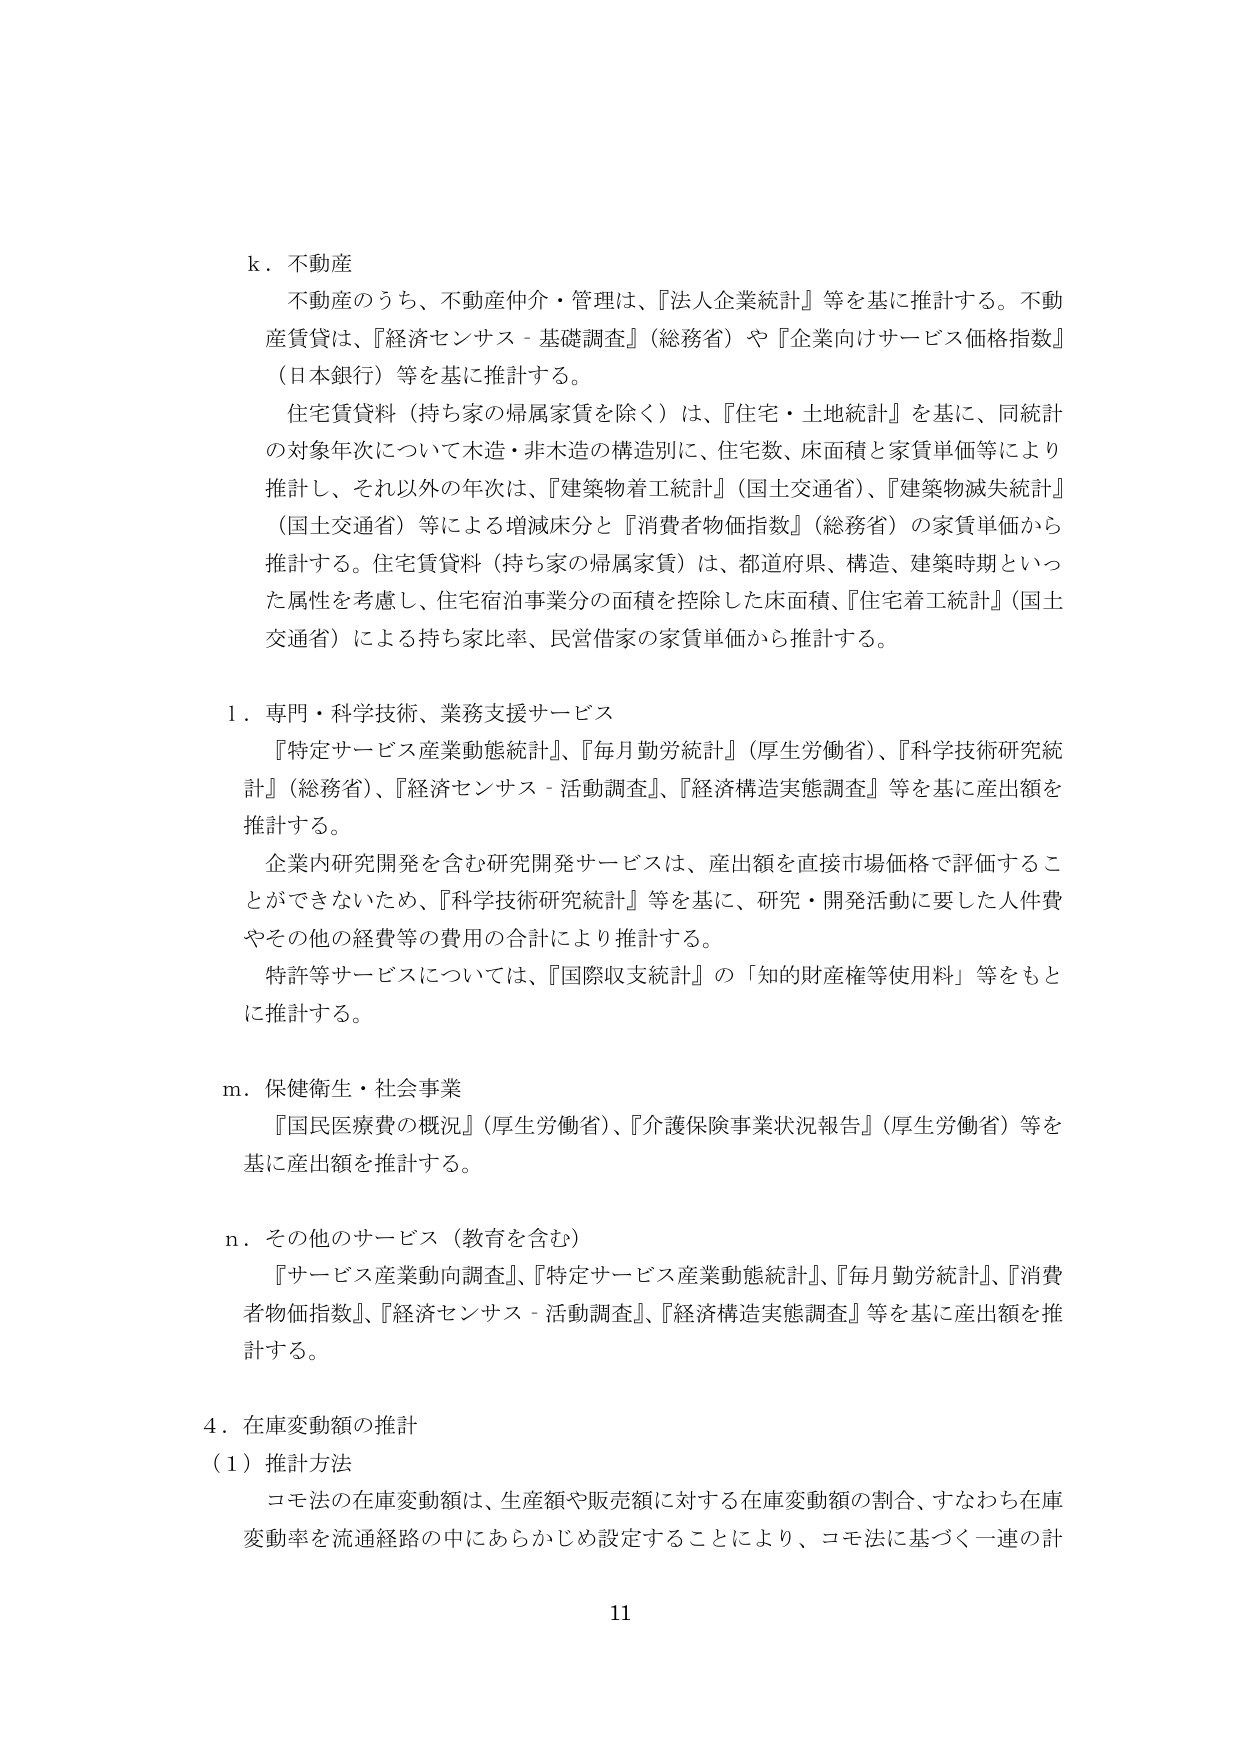
k．不動産
不動産のうち、不動産仲介・管理は、『法人企業統計』等を基に推計する。不動産賃貸は、『経済センサス－基礎調査』（総務省）や『企業向けサービス価格指数』（日本銀行）等を基に推計する。
住宅賃貸料（持ち家の帰属家賃を除く）は、『住宅・土地統計』を基に、同統計の対象年次について木造・非木造の構造別に、住宅数、床面積と家賃単価等により推計し、それ以外の年次は、『建築物着工統計』（国土交通省）、『建築物滅失統計』（国土交通省）等による増減床分と『消費者物価指数』（総務省）の家賃単価から推計する。住宅賃貸料（持ち家の帰属家賃）は、都道府県、構造、建築時期といった属性を考慮し、住宅宿泊事業分の面積を控除した床面積、『住宅着工統計』（国土交通省）による持ち家比率、民営借家の家賃単価から推計する。

l．専門・科学技術、業務支援サービス
『特定サービス産業動態統計』、『毎月勤労統計』（厚生労働省）、『科学技術研究統計』（総務省）、『経済センサス－活動調査』、『経済構造実態調査』等を基に産出額を推計する。
企業内研究開発を含む研究開発サービスは、産出額を直接市場価格で評価することができないため、『科学技術研究統計』等を基に、研究・開発活動に要した人件費やその他の経費等の費用の合計により推計する。
特許等サービスについては、『国際収支統計』の「知的財産権等使用料」等をもとに推計する。

m．保健衛生・社会事業
『国民医療費の概況』（厚生労働省）、『介護保険事業状況報告』（厚生労働省）等を基に産出額を推計する。

n．その他のサービス（教育を含む）
『サービス産業動向調査』、『特定サービス産業動態統計』、『毎月勤労統計』、『消費者物価指数』、『経済センサス－活動調査』、『経済構造実態調査』等を基に産出額を推計する。

4．在庫変動額の推計
（1）推計方法
コモ法の在庫変動額は、生産額や販売額に対する在庫変動額の割合、すなわち在庫変動率を流通経路の中にならかじめ設定することにより、コモ法に基づく一連の計

11